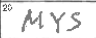
Transcription: MYS